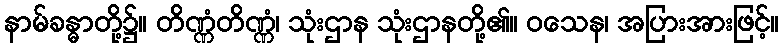
နာမ်ခန္ဓာတို့၌။ တိဏ္ဏံတိဏ္ဏံ၊ သုံးဌာန သုံးဌာနတို့၏။ ဝသေန၊ အပြားအားဖြင့်။